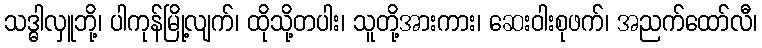
သဒ္ဓါလှူဘို့၊ ပါကုန်မြို့လျက်၊ ထိုသို့တပါး၊ သူတို့အားကား၊ ဆေးဝါးစုဖက်၊ အညက်ထော်လီ၊